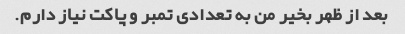
بعد از ظهر بخیر من به تعدادی تمبر و پاکت نیاز دارم.